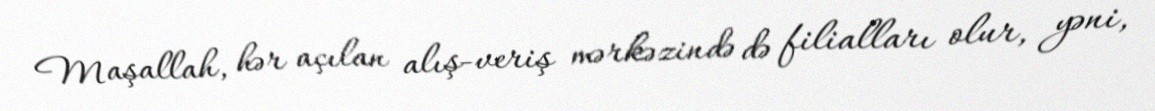
Maşallah, hər açılan alış-veriş mərkəzində də filialları olur, yəni,